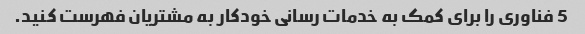
5 فناوری را برای کمک به خدمات رسانی خودکار به مشتریان فهرست کنید.